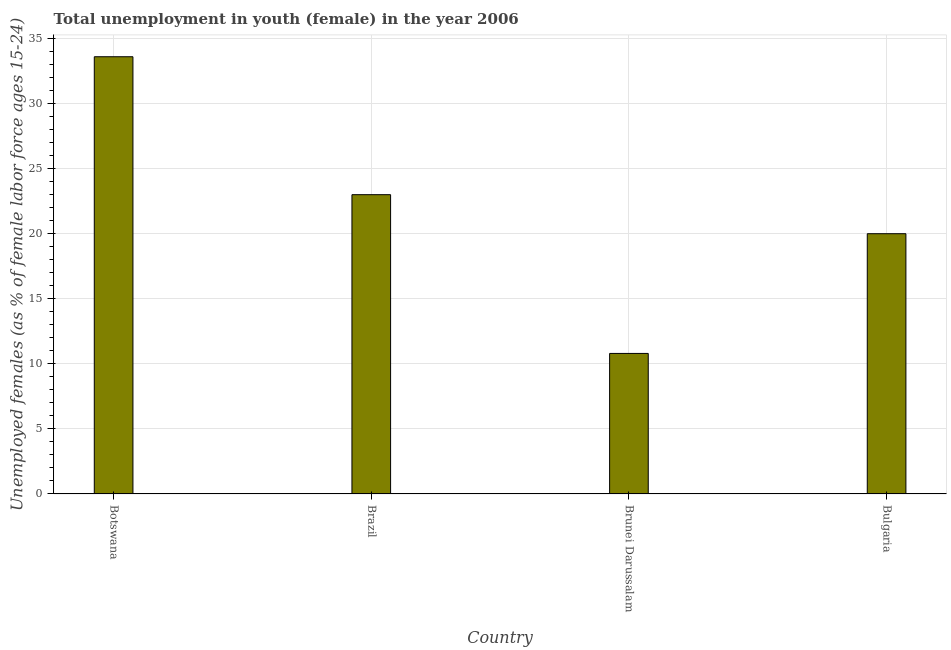
| Country | Unemployment |
 | --- | --- |
 | Botswana | 33.6 |
 | Brazil | 23 |
 | Brunei Darussalam | 10.8 |
 | Bulgaria | 20 |